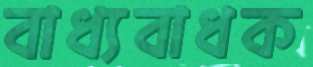
বাধ্যবাধক